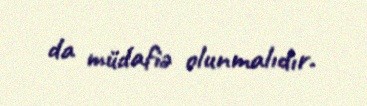
da müdafiə olunmalıdır.